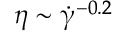
\eta \sim \dot { \upgamma } ^ { - 0 . 2 }